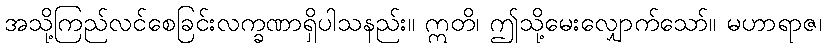
အသို့ကြည်လင်စေခြင်းလက္ခဏာရှိပါသနည်း။ ဣတိ၊ ဤသို့မေးလျှောက်သော်။ မဟာရာဇ၊